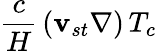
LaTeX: \frac{c}{H}\, (\mathbf{v}_{st}\nabla)\, T_{c}